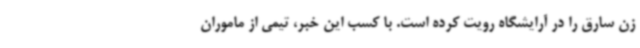
زن سارق را در آرایشگاه رویت کرده است. با کسب این خبر، تیمی از ماموران